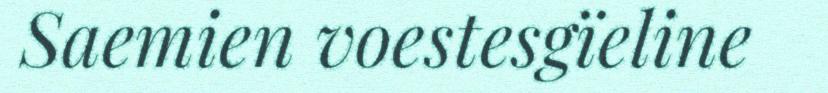
Saemien voestesgïeline